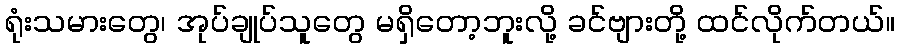
ရုံးသမားတွေ၊ အုပ်ချုပ်သူတွေ မရှိတော့ဘူးလို့ ခင်ဗျားတို့ ထင်လိုက်တယ်။